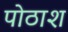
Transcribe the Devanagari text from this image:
पोठाश